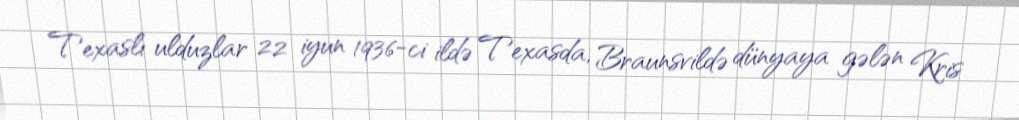
Texaslı ulduzlar 22 iyun 1936-ci ildə Texasda, Braunsvildə dünyaya gələn Kris